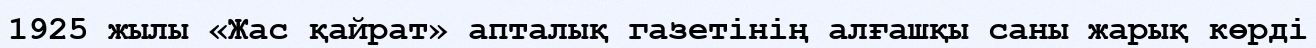
1925 жылы «Жас қайрат» апталық газетінің алғашқы саны жарық көрді